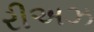
રીઅઝ